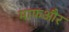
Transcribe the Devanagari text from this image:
माफऔर